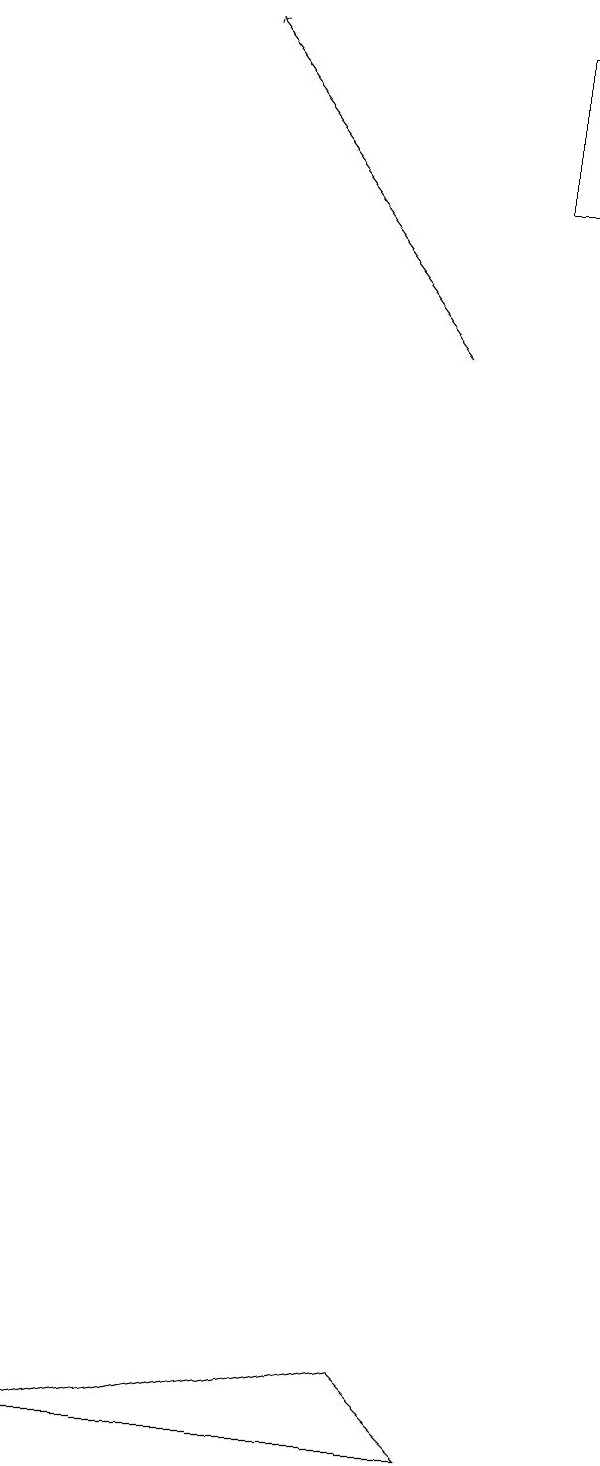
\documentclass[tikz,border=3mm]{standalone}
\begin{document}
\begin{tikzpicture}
\draw (7,16) rectangle (6,18);
\draw[->] (5,14) -- (2,18);
\draw (6,0) -- (0,0) -- (5,1) -- cycle;
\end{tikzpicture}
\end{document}